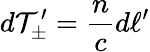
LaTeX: d\mathcal{T}_{\pm}^{\prime}={\frac{{n}}{{c}}}d\ell^{\prime}